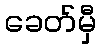
ခေတ်မှီ